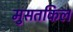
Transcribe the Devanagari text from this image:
मुसतकिल